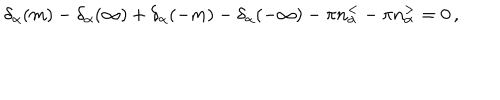
LaTeX: \delta _ { \alpha } ( m ) - \delta _ { \alpha } ( \infty ) + \delta _ { \alpha } ( - m ) - \delta _ { \alpha } ( - \infty ) - \pi n _ { \alpha } ^ { < } - \pi n _ { \alpha } ^ { > } = 0 \, ,